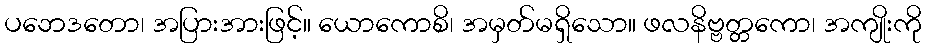
ပဘေဒတော၊ အပြားအားဖြင့်။ ယောကောစိ၊ အမှတ်မရှိသော။ ဖလနိဗ္ဗတ္တကော၊ အကျိုးကို